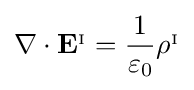
\nabla \cdot \mathbf {E} ^{_{\mathrm {I} }}={\frac {1}{\varepsilon _{0}}}\rho ^{_{\mathrm {I} }}